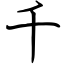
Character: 千